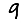
Digit: 9